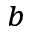
_ b